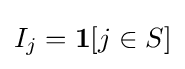
I_{j}=\mathbf {1} [j\in S]